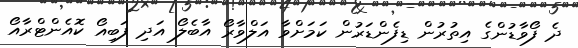
ދެ ފޯވާޑުންގެ އިތުރުން ޑިފެންޑަރުން ކަމަށްވާ އަލްވާރޯ އާބެލޯ އަދި ފަބިއޯ ކޮއެންޓްރާއޯ